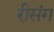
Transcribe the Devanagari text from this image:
रीसंग